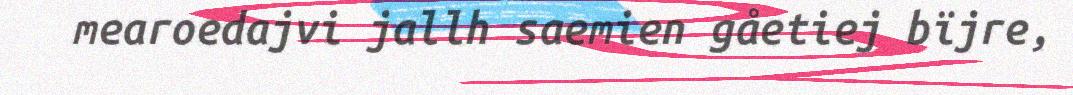
mearoedajvi jallh saemien gåetiej bïjre,